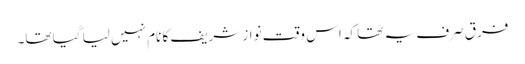
فرق صرف یہ تھا کہ اس وقت نواز شریف کا نام نہیں لیا گیا تھا۔